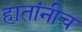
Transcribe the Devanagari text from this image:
हातांनीच